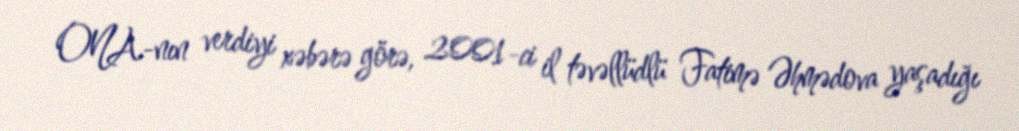
ONA-nın verdiyi xəbərə görə, 2001-ci il təvəllüdlü Fatimə Əhmədova yaşadığı